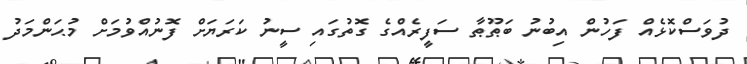
ދުވަސްކޮޅެއް ފަހުން އިބުނު ބަޠޫޠާ ސަފީރެއްގެ ގޮތުގައި ސީނު ކަރަޔަށް ފޮނުއްވުމަށް މުޙަންމަދު